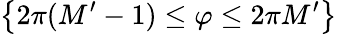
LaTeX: \left\{ 2\pi(M^{\prime}-1)\le\varphi\le 2\pi M^{\prime}\right\}